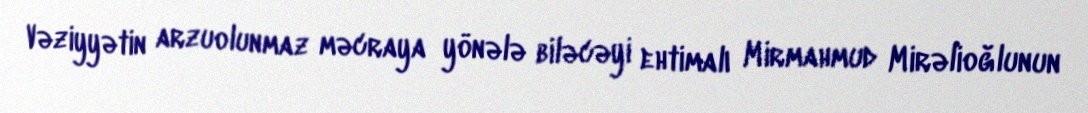
Vəziyyətin arzuolunmaz məcraya yönələ biləcəyi ehtimalı Mirmahmud Mirəlioğlunun